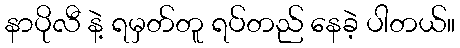
နာပိုလီ နဲ့ ရမှတ်တူ ရပ်တည် နေခဲ့ ပါတယ်။